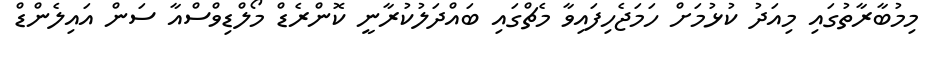
މިމުބާރާތުގައި މިއަދު ކުޅުމަށް ހަމަޖެހިފައިވާ މެޗްގައި ބައްދަލުކުރާނީ ކޮންރެޑް މޯލްޑިވްސްއާ ސަން އައިލެންޑް